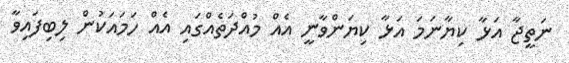
ނަތީޖާ އަޅާ ކިޔާނަމަ އަޅާ ކިޔަންވާނީ އެއް މުއްދަތެއްގައި އެއް ހަމައަކުން ލިބިފައިވާ